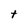
Character: t